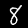
Label: 8